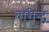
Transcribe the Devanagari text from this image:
वारीन्द्र